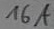
Text: 16A